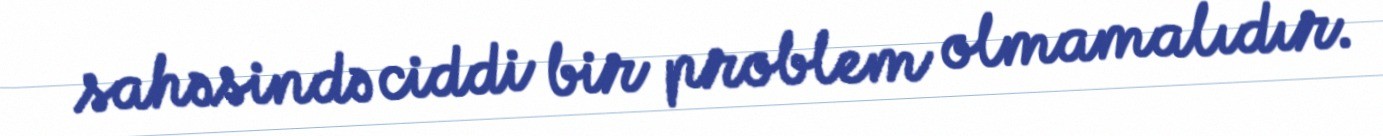
sahəsində ciddi bir problem olmamalıdır.